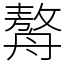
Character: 𦪈